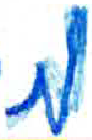
אות: מ